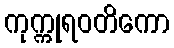
ကုက္ကုရဝတိကော